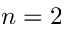
n = 2